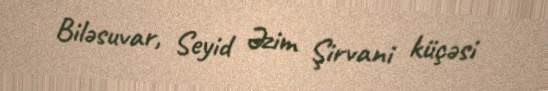
Biləsuvar, Seyid Əzim Şirvani küçəsi